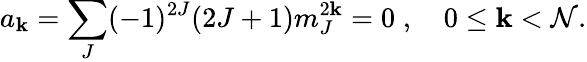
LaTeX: a_{\mathbf{k}}=\sum_{J}(-1)^{2J}(2J+1)m_{J}^{2\mathbf{k}}=0\; ,\quad0\leq\mathbf{k}<\mathcal{N}.